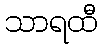
သာရထီ